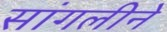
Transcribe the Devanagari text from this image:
सांगलीने